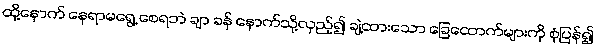
ထို့နောက် နေရာမရွေ့ စေရဘဲ ချာ ခန် နောက်သို့လှည့်၍ ချဲ့ထားသော ခြေထောက်များကို စုံပြန်၍